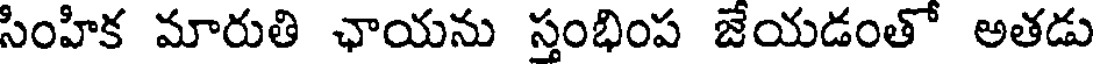
సింహిక మారుతి ఛాయను స్తంభింప జేయడంతో అతడు